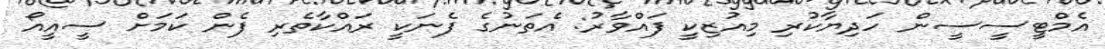
އެމްޓީސީސީން ހަދިޔާކުރި މިއުޒިކީ ފައްވާރު: އެތަނުގެ ފެނަކީ ރައްކާތެރި ފެން ކަމަށް ސީއީއޯ